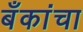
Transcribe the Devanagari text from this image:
बँकांचा